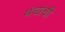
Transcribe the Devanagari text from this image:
मंचांची